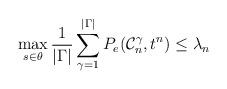
LaTeX: \begin{align*}\max_{s \in \theta}\frac{1}{\left|\Gamma\right|} \sum_{\gamma=1}^{\left|\Gamma\right|} P_e(\mathcal{C}_n^{\gamma},t^n)\leq\lambda_n\end{align*}